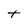
Character: t